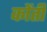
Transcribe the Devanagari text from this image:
कोंती